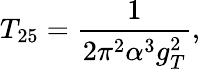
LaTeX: T_{25}=\frac{1}{2\pi^{2}\alpha^{3}g_{T}^{2}},